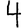
Digit: 4